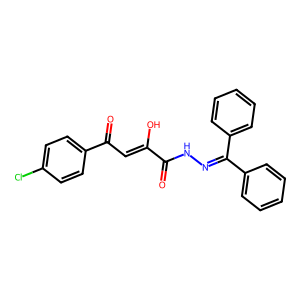
SMILES: O=C(NN=C(c1ccccc1)c1ccccc1)C(O)=CC(=O)c1ccc(Cl)cc1
Inhibits HIV replication: No